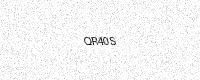
Text: QR40S